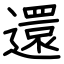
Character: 還